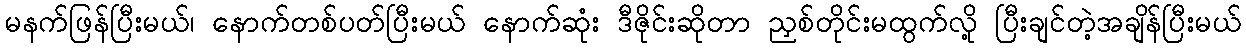
မနက်ဖြန်ပြီးမယ်၊ နောက်တစ်ပတ်ပြီးမယ် နောက်ဆုံး ဒီဇိုင်းဆိုတာ ညှစ်တိုင်းမထွက်လို့ ပြီးချင်တဲ့အချိန်ပြီးမယ်